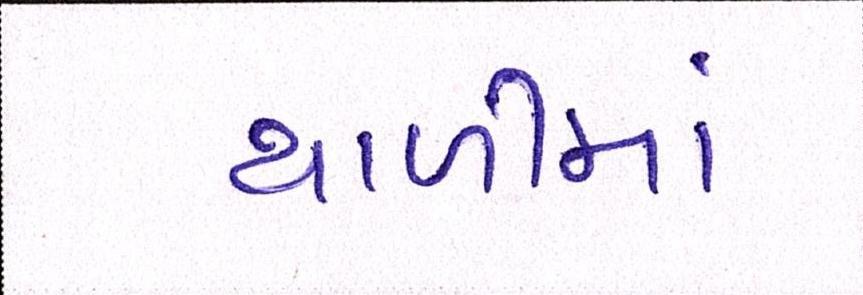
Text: થાળીમાં